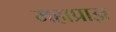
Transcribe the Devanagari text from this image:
महाप्राज्ञ